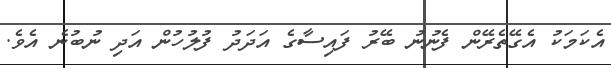
އެކަމަކު އެގޭތެރޭން ފެނުނު ބޭރު ފައިސާގެ އަދަދު ފުލުހުން އަދި ނުބުނެ އެވެ.